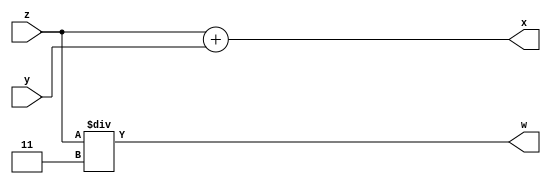


module inner_add(input [3:0] z, input [3:0] y, output [3:0] x, output [3:0] w);
  assign x = z + y;
  assign w = z / 4'b0011;

endmodule

module submodule_add (input [3:0] a, input [3:0] b, output [3:0] c, output [3:0] d, output [3:0] e);

inner_add bar(.z(a),.y(b),.x(c),.w(d));

assign e = d + 4'b0010;

endmodule